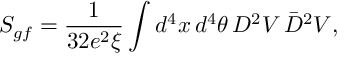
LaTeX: S _ { g f } = \frac { 1 } { 3 2 e ^ { 2 } \xi } \int d ^ { 4 } x \, d ^ { 4 } \theta \, D ^ { 2 } V \, \bar { D } ^ { 2 } V ,